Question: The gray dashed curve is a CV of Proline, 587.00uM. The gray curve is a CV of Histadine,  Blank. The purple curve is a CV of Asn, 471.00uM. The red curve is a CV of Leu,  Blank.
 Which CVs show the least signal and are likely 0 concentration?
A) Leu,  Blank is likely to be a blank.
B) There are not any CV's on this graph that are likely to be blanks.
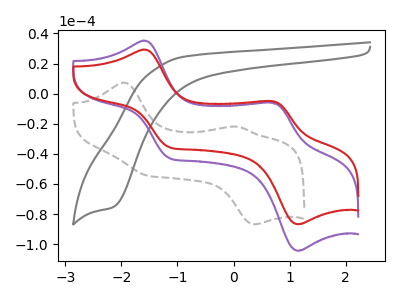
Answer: <think>The gray dashed curve "Proline, 587.00uM" has anodic peaks at (-1.95V, 7.30uA) (0.10V, -21.95uA) and cathodic peaks at (-1.50V, -54.60uA) (0.40V, -86.80uA). The gray curve "Histadine,  Blank" has a cathodic peak at: (-2.15V, -75.55uA). The purple curve "Asn, 471.00uM" has anodic peaks at (-1.60V, 35.20uA) (0.70V, -5.95uA) and cathodic peaks at (-1.15V, -42.70uA) (1.15V, -104.35uA). The red curve "Leu,  Blank" has anodic peaks at (-1.60V, 29.25uA) (0.70V, -4.95uA) and cathodic peaks at (-1.15V, -35.50uA) (1.15V, -86.75uA).</think>
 <answer>B) There are not any CV's on this graph that are likely to be blanks.</answer>
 <eval>B</eval>